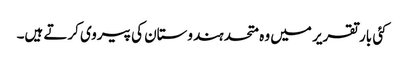
کئی بار تقریر میں وہ متحد ہندوستان کی پیروی کرتے ہیں۔